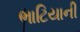
ભાટિયાની